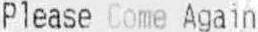
PLEASE COME AGAIN